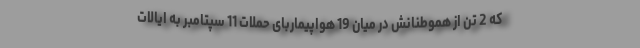
که 2 تن از هموطنانش در میان 19 هواپیماربای حملات 11 سپتامبر به ایالات